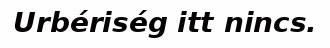
Urbériség itt nincs.